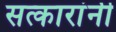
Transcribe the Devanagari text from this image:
सत्कारांनी